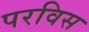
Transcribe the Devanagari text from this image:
परविस